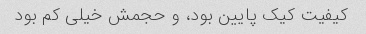
کیفیت کیک پایین بود، و حجمش خیلی کم بود